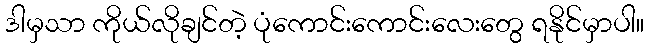
ဒါမှသာ ကိုယ်လိုချင်တဲ့ ပုံကောင်းကောင်းလေးတွေ ရနိုင်မှာပါ။